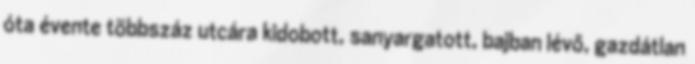
óta évente többszáz utcára kidobott, sanyargatott, bajban lévő, gazdátlan